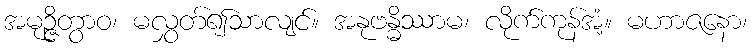
အမုဉ္ဇိတွာဝ၊ မလွှတ်၍သာလျင်။ အနုဗန္ဓိဿာမ၊ လိုက်ကုန်အံ့။ မဟာဇနော၊